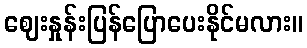
ဈေးနှုန်းပြန်ပြောပေးနိုင်မလား။